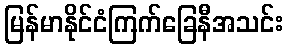
မြန်မာနိုင်ငံကြက်ခြေနီအသင်း